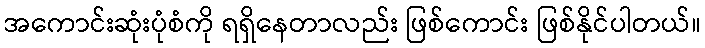
အကောင်းဆုံးပုံစံကို ရရှိနေတာလည်း ဖြစ်ကောင်း ဖြစ်နိုင်ပါတယ်။